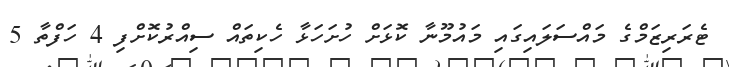
ޓެރަރިޒަމްގެ މައްސަލައިގައި މައުމޫނާ ކޮޅަށް ހުށަހަޅާ ހެކިތައް ސިއްރުކޮށްފި 4 ހަފްތާ 5